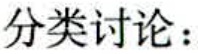
分类讨论：